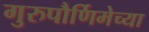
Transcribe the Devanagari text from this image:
गुरुपौर्णिमेच्या